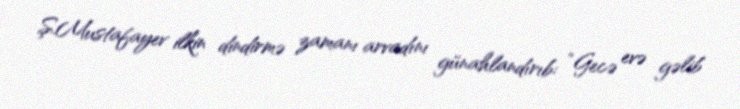
Ş.Mustafayev ilkin dindirmə zamanı arvadını günahlandırıb: “Gecə evə gəlib